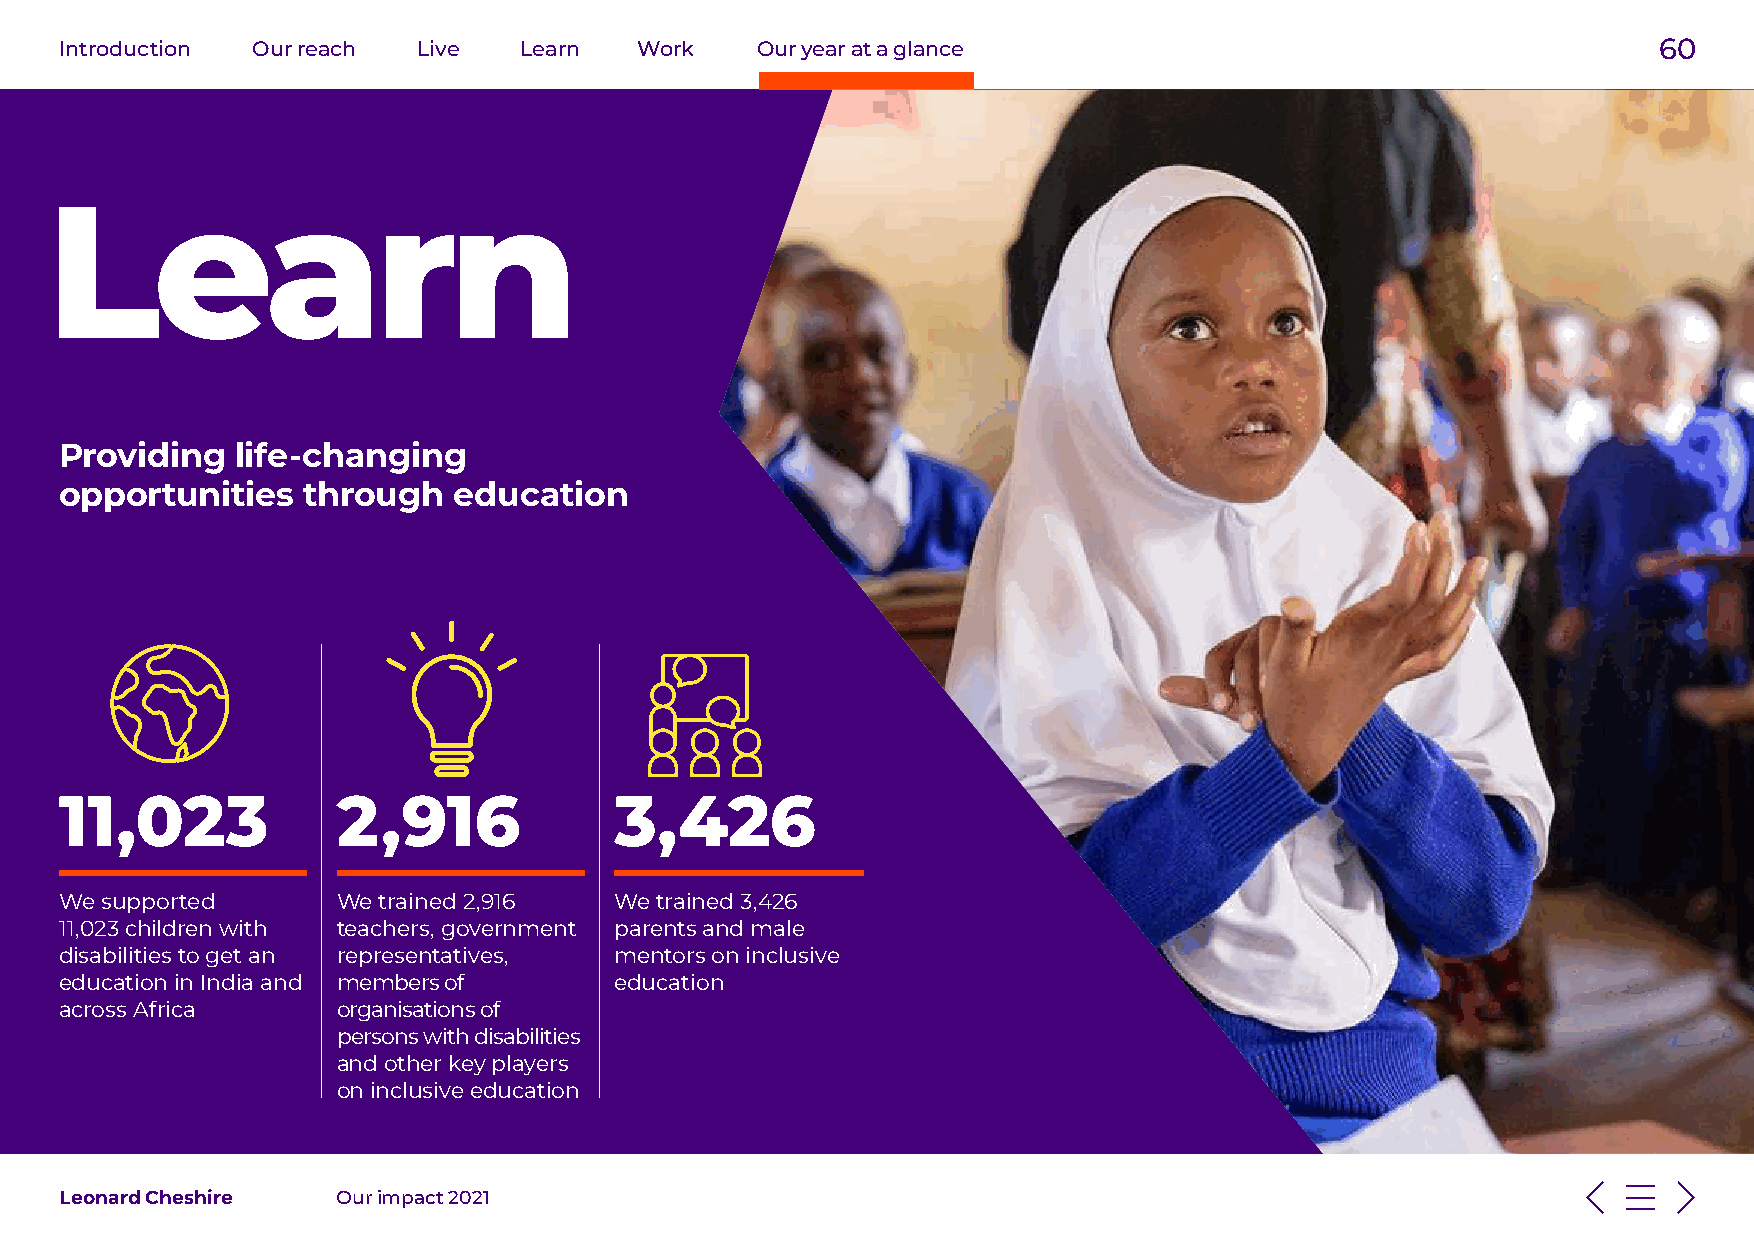
Introduction Our reach  Live  Learn   Work    Our year at a glance                                        60
 Learn
 Providing   life-changing
 opportunities   through   education
 11,023            2,916              3,426
 We supported      We trained 2,916   We trained 3,426
 11,023 children with teachers, government parents and male
 disabilities to get an representatives, mentors on inclusive
 education in India and members of    education
 across Africa     organisations of
 persons with disabilities
 and other key players
 on inclusive education
 Leonard Cheshire  Our impact 2021